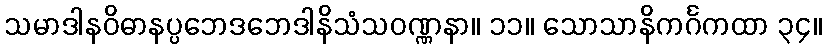
သမာဒါနဝိဓာနပ္ပဘေဒဘေဒါနိသံသဝဏ္ဏနာ။ ၁၁။ သောသာနိကင်္ဂကထာ ၃၄။